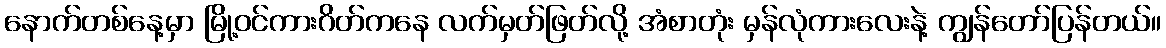
နောက်တစ်နေ့မှာ မြို့ဝင်ကားဂိတ်ကနေ လက်မှတ်ဖြတ်လို့ အံစာတုံး မှန်လုံကားလေးနဲ့ ကျွန်တော်ပြန်တယ်။